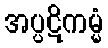
အပ္ပဋိကမ္မံ